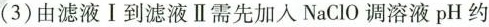
(3)由滤液I到滤液Ⅱ需先加入NaClO调溶液pH约